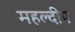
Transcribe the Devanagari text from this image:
महल्दीप